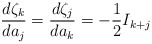
\begin{align*}\frac{d\zeta_k}{da_j}=\frac{d\zeta_j}{da_k}=-\frac{1}{2}I_{k+j}\end{align*}